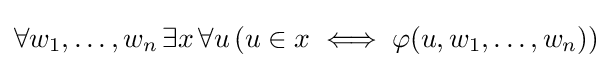
\forall w_{1},\ldots ,w_{n}\,\exists x\,\forall u\,(u\in x\iff \varphi (u,w_{1},\ldots ,w_{n}))